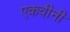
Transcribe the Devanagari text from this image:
एकवीनी